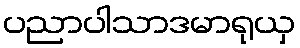
ပညာပါသာဒမာရုယှ